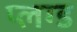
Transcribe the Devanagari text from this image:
प्लग्ड